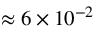
\approx 6 \times 1 0 ^ { - 2 }